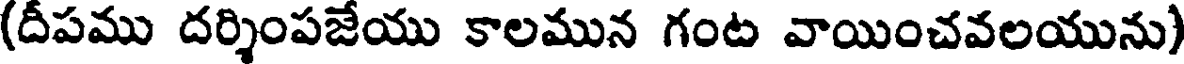
(దీపము దర్శింపజేయు కాలమున గంట వాయించవలయును)